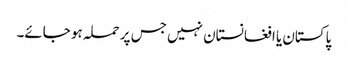
پاکستان یا افغانستان نہیں جس پر حملہ ہو جائے۔